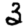
Digit: 3